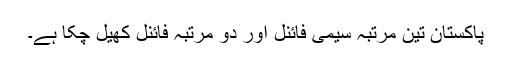
پاکستان تین مرتبہ سیمی فائنل اور دو مرتبہ فائنل کھیل چکا ہے۔